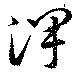
澤